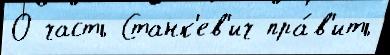
О часть Станк'ев'ич пра́в'ить